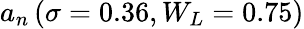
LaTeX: a_{n}\left(\sigma=0.36,W_{L}=0.75\right)